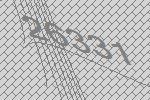
26331